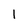
Character: l